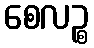
စေလဉ္စ